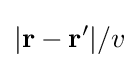
|\mathbf {r} -\mathbf {r'} |/v